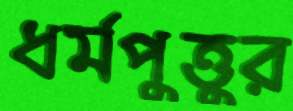
ধর্মপুত্তুর